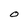
Character: O